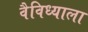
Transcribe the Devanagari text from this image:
वैविध्याला